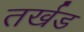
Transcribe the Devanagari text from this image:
तर्खड